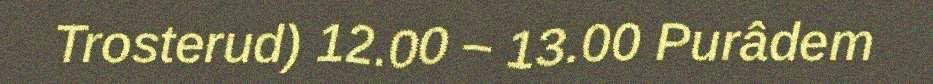
Trosterud) 12.00 – 13.00 Purâdem